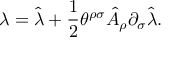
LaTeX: \lambda = \hat { \lambda } + \frac { 1 } { 2 } \theta ^ { \rho \sigma } \hat { A } _ { \rho } \partial _ { \sigma } \hat { \lambda } .